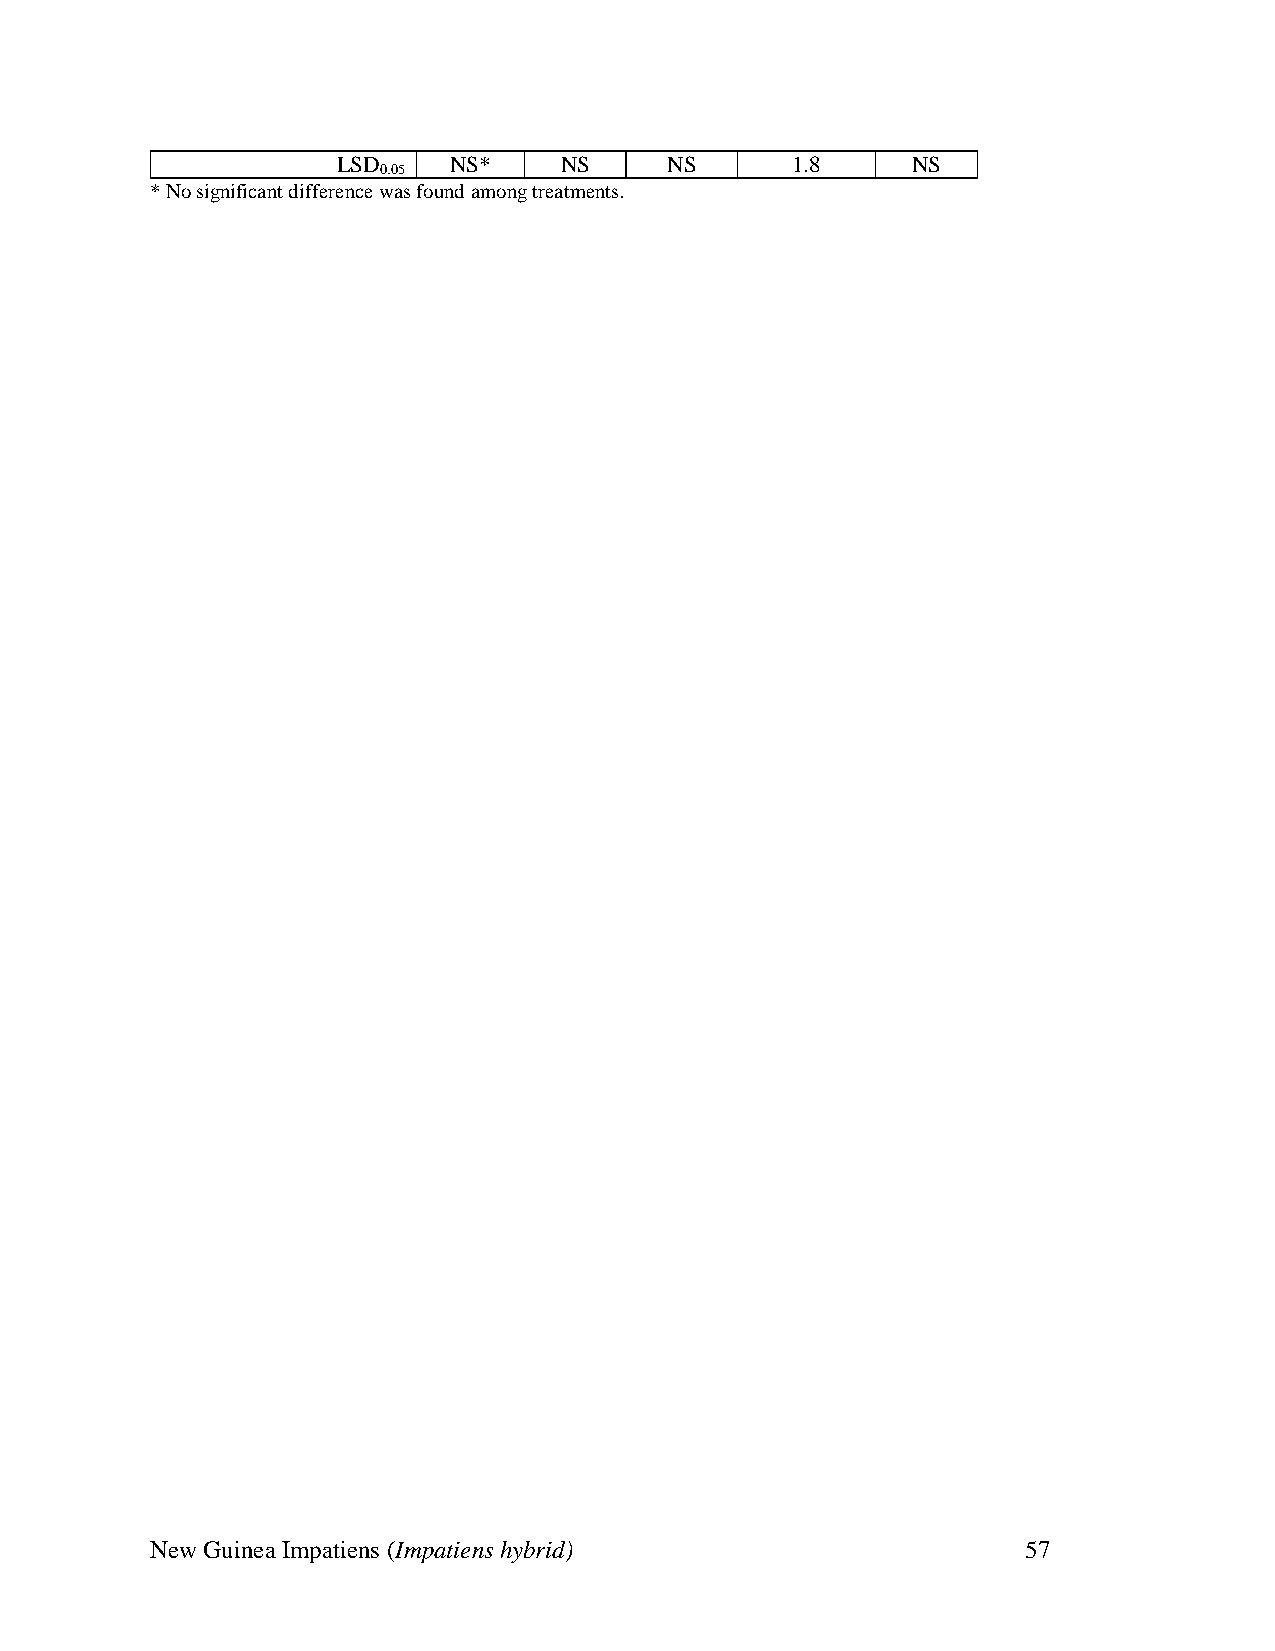
LSD     NS*    NS     NS      1.8     NS
 0.05
 * No significant difference was found among treatments.
 New Guinea Impatiens (Impatiens hybrid)                   57